Indian journal of veterinary science and animal husbandry - Volume 3,
Year: 1933
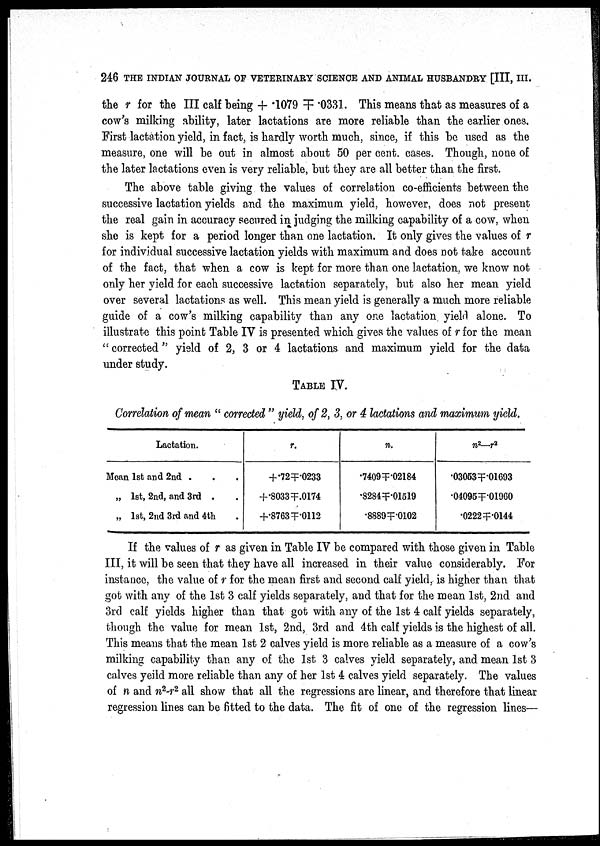
246 THE INDIAN JOURNAL OF VETERINARY SCIENCE AND ANIMAL HUSBANDRY [III, III.
the r for the III calf being +.1079 ╤.0331. This means that as measures of a
cow's milking ability, later lactations are more reliable than the earlier ones.
First lactation yield, in fact, is hardly worth much, since, if this be used as the
measure, one will be out in almost about 50 per cent. cases. Though, none of.
the later lactations even is very reliable, but they are all better than the first.
The above table giving the values of correlation co-efficients between the
successive lactation yields and the maximum yield, however, does not present
the real gain in accuracy secured in judging the milking capability of a cow, when
she is kept for a period longer than one lactation. It only gives the values of r
for individual successive lactation yields with maximum and does not take account
of the fact, that when a cow is kept for more than one lactation, we know not
only her yield for each successive lactation separately, but also her mean yield
over several lactations as well. This mean yield is generally a much more reliable
guide of a cow's milking capability than any one lactation yield alone. To
illustrate this point Table IV is presented which gives the values of r for the mean
" corrected" yield of 2, 3 or 4 lactations and maximum yield for the data
under study.
TABLE IV.
Correlation of mean " corrected " yield, of 2, 3, or 4 lactations and maximum yield.
Lactation.
Moan 1st and 2nd . . .
„ 1st, 2nd, and 3rd . .
„ 1st, 2nd 3rd and 4th .
r.
+.72╤.0233
+.8033╤.0174
+.8763╤.0112
n.
.7409 ╤.02184
.8284 ╤.01519
.8889 ╤.0102
n 2 —r 2
.03053╤.01693
.04095╤.01960
.0222╤.0144
If the values of r as given in Table IV be compared with those given in Table
III, it will be seen that they have all increased in their value considerably. For
instance, the value of r for the mean first and second calf yield, is higher than that
got with any of the 1st 3 calf yields separately, and that for the mean 1st, 2nd and
3rd calf yields higher than that got with any of the 1st 4 calf yields separately,
though the value for mean 1st, 2nd, 3rd and 4th calf yields is the highest of all.
This means that the mean 1st 2 calves yield is more reliable as a measure of a cow's
milking capability than any of the 1st 3 calves yield separately, and mean 1st 3
calves yeild more reliable than any of her 1st 4 calves yield separately. The values
of n and n 2 -r 2 all show that all the regressions are linear, and therefore that linear
regression lines can be fitted to the data. The fit of one of the regression lines—